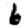
Digit: 6